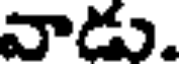
వాడు.